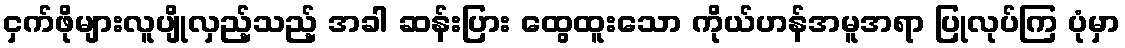
ငှက်ဖိုများလူပျိုလှည့်သည့် အခါ ဆန်းပြား ထွေထူးသော ကိုယ်ဟန်အမူအရာ ပြုလုပ်ကြ ပုံမှာ